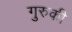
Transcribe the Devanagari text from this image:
गुरुकी